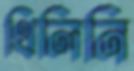
থিলিনি